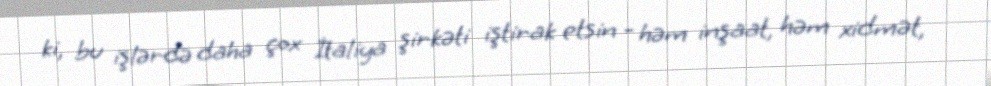
ki, bu işlərdə daha çox İtaliya şirkəti iştirak etsin - həm inşaat, həm xidmət,